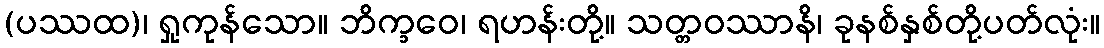
(ပဿထ)၊ ရှုကုန်သော။ ဘိက္ခဝေ၊ ရဟန်းတို့။ သတ္တဝဿာနိ၊ ခုနစ်နှစ်တို့ပတ်လုံး။